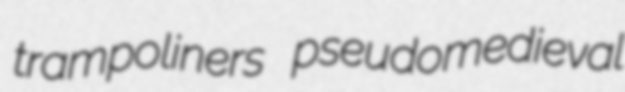
trampoliners pseudomedieval